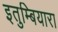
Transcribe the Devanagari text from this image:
इतुम्बियारा